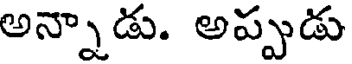
అన్నాడు. అప్పుడు